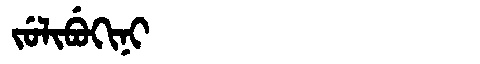
Manchu: ᠵᡠᠯᡳᠪᡠᡴᡳᠨᡳ
Romanization: JULIBUKINI